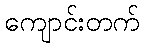
ကျောင်းတက်